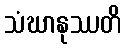
သံဃာနုဿတိ